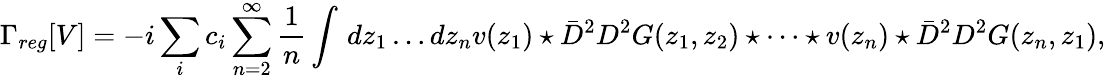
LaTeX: \Gamma_{reg}[V]=-i\sum_{i}c_{i}\sum_{n=2}^{\infty}\frac{1}{n}\int\, dz_{1}\dots dz_{n}v(z_{1})\star\bar{D}^{2}D^{2}G(z_{1},z_{2})\star\dots\star v(z_{n})\star\bar{D}^{2}D^{2}G(z_{n},z_{1}),